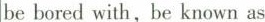
be bored with,be known as